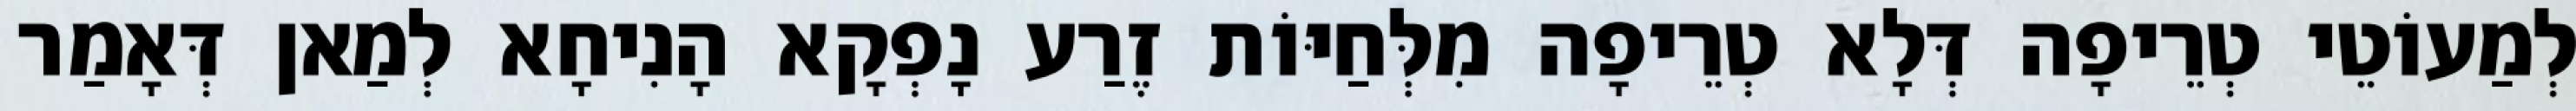
לְמַעוֹטֵי טְרֵיפָה דְּלָא טְרֵיפָה מִלְּחַיּוֹת זֶרַע נָפְקָא הָנִיחָא לְמַאן דְּאָמַר